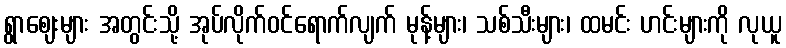
ရွာဈေးများ အတွင်းသို့ အုပ်လိုက်ဝင်ရောက်လျက် မုန့်များ၊ သစ်သီးများ၊ ထမင်း ဟင်းများကို လုယူ